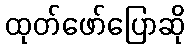
ထုတ်ဖော်ပြောဆို